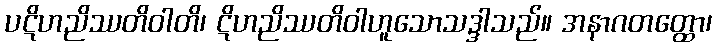
ပဋိဟညိဿတိဝါတိ၊ ဋိဟညိဿတိဝါဟူသောသဒ္ဒါသည်။ အနာဂတတ္ထော၊